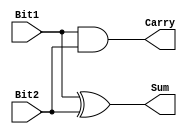
module HalfAdder(
	output	Carry, 
			Sum,
	input	Bit1, 
			Bit2
);
	assign	Sum		= Bit1 ^ Bit2,
			Carry	= Bit1 & Bit2;
endmodule